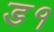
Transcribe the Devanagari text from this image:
ड१